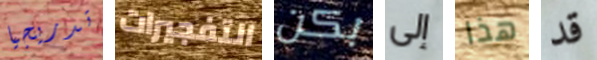
تدريجيا التفجيرات بكن إلى هذا قد